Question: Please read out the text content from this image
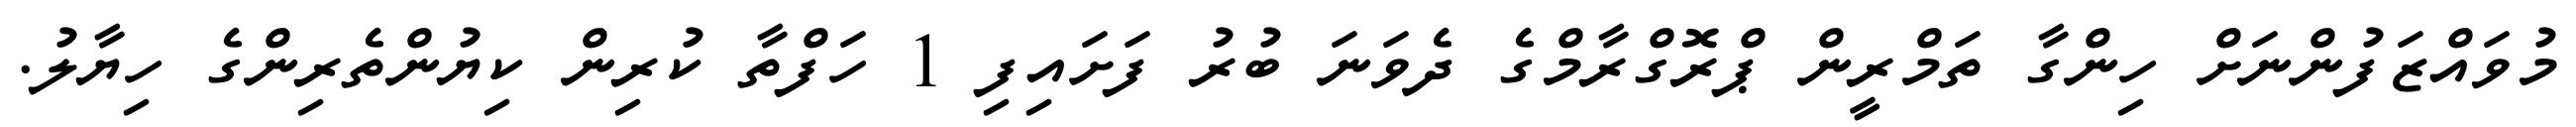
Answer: މުވައްޒަފުންނަށް ހިންގާ ތަމްރީން ޕްރޮގްރާމްގެ ދެވަނަ ބުރު ފަށައިފި 1 ހަފްތާ ކުރިން ކިޔުންތެރިންގެ ހިޔާލު.